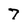
Character: 7